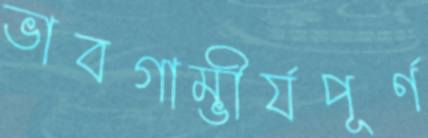
ভাবগাম্ভীর্যপূর্ণ